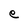
Character: e